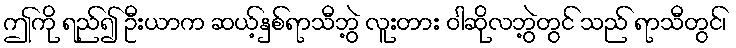
ဤကို ရည်၍ ဦးယာက ဆယ့်နှစ်ရာသီဘွဲ့ လူးတား ဝါဆိုလဘွဲ့တွင် သည် ရာသီတွင်၊